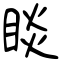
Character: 睒